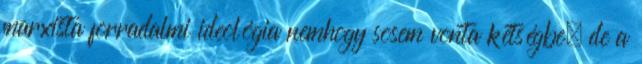
marxista forradalmi ideológia nemhogy sosem vonta kétségbe, de a